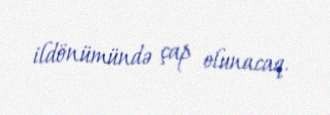
ildönümündə çap olunacaq.